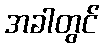
အခါတွင်